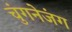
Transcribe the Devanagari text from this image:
चुंगनेजंग